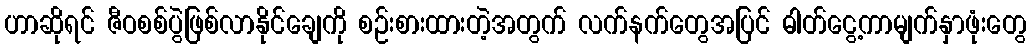
ဟာဆိုရင် ဇီဝစစ်ပွဲဖြစ်လာနိုင်ချေကို စဉ်းစားထားတဲ့အတွက် လက်နက်တွေအပြင် ဓါတ်ငွေ့ကာမျက်နှာဖုံးတွေ